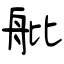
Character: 舭